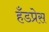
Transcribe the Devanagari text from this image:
हँडप्रेस